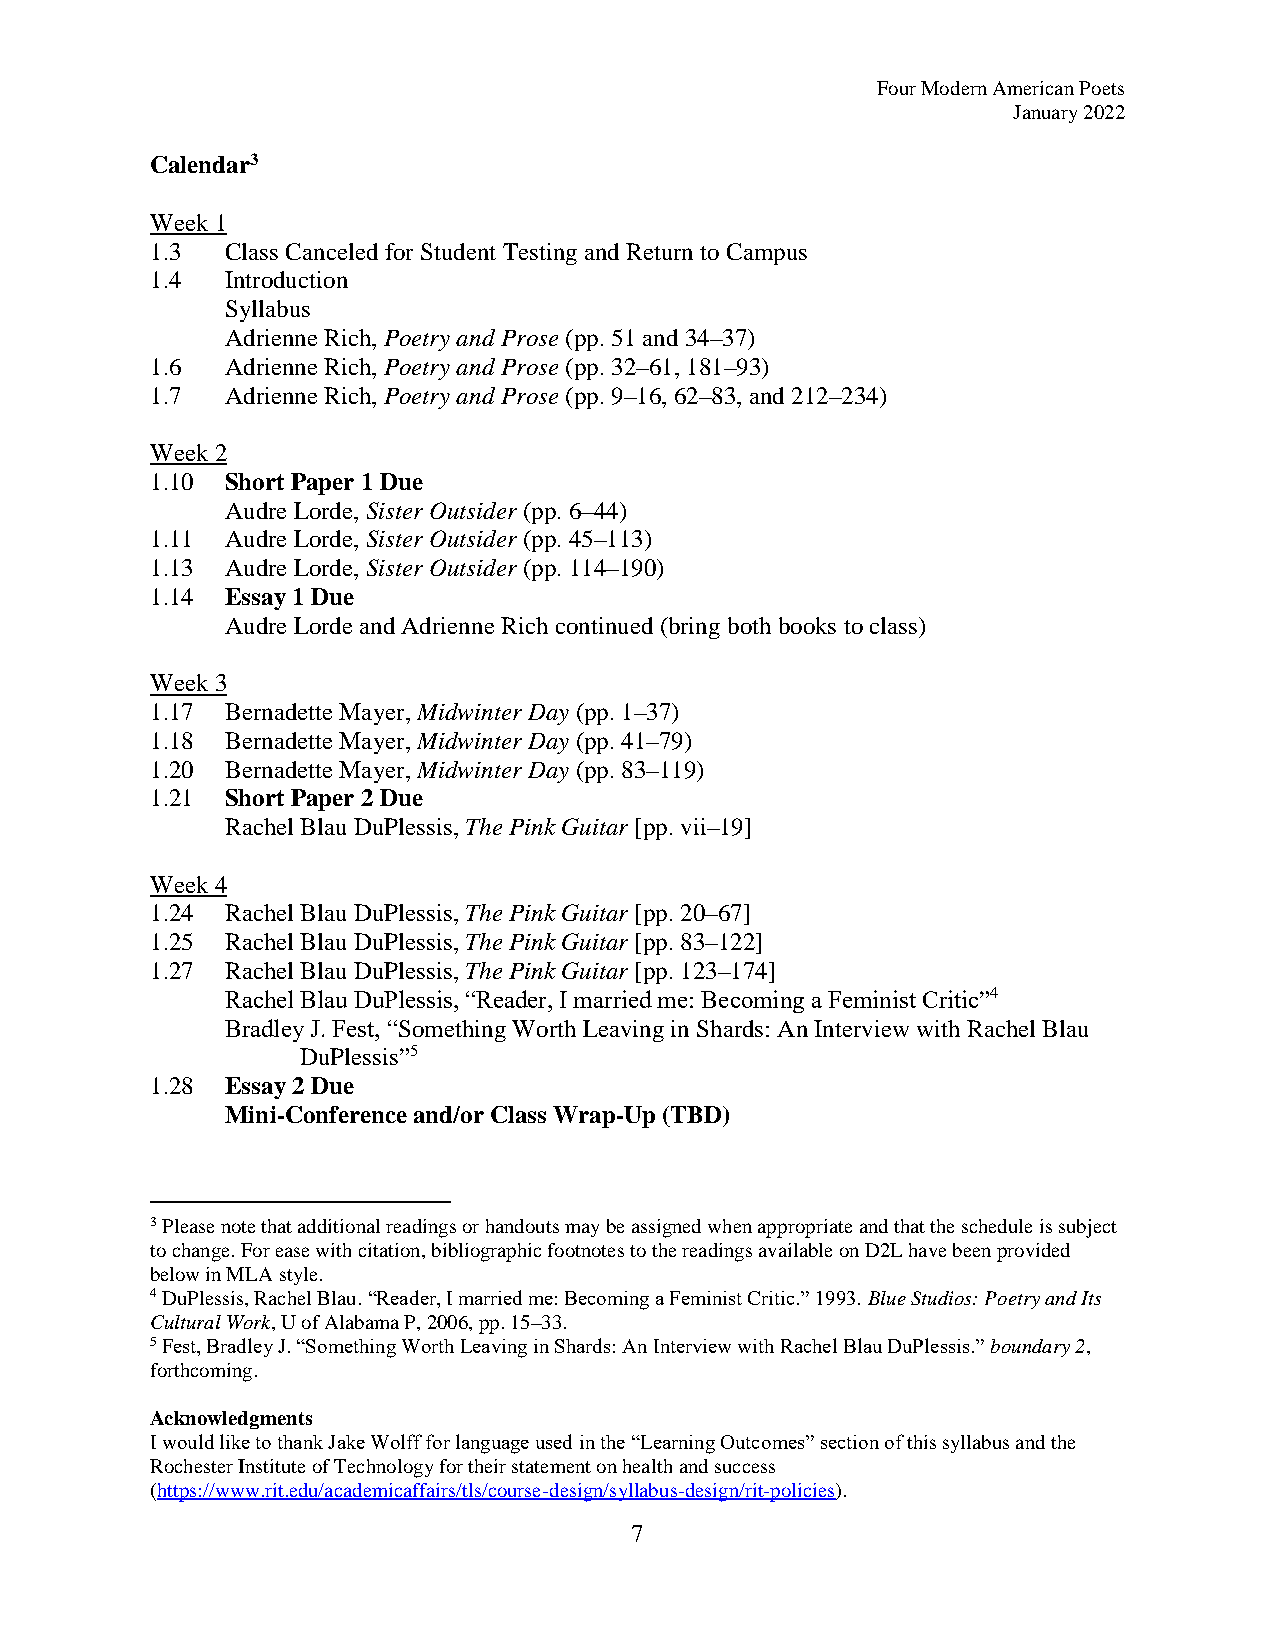
Four Modern American Poets
 January 2022
 Calendar3
 Week 1
 1.3  Class Canceled for Student Testing and Return to Campus
 1.4  Introduction
 Syllabus
 Adrienne Rich, Poetry and Prose (pp. 51 and 34–37)
 1.6  Adrienne Rich, Poetry and Prose (pp. 32–61, 181–93)
 1.7  Adrienne Rich, Poetry and Prose (pp. 9–16, 62–83, and 212–234)
 Week 2
 1.10 Short Paper 1 Due
 Audre Lorde, Sister Outsider (pp. 6–44)
 1.11 Audre Lorde, Sister Outsider (pp. 45–113)
 1.13 Audre Lorde, Sister Outsider (pp. 114–190)
 1.14 Essay 1 Due
 Audre Lorde and Adrienne Rich continued (bring both books to class)
 Week 3
 1.17 Bernadette Mayer, Midwinter Day (pp. 1–37)
 1.18 Bernadette Mayer, Midwinter Day (pp. 41–79)
 1.20 Bernadette Mayer, Midwinter Day (pp. 83–119)
 1.21 Short Paper 2 Due
 Rachel Blau DuPlessis, The Pink Guitar [pp. vii–19]
 Week 4
 1.24 Rachel Blau DuPlessis, The Pink Guitar [pp. 20–67]
 1.25 Rachel Blau DuPlessis, The Pink Guitar [pp. 83–122]
 1.27 Rachel Blau DuPlessis, The Pink Guitar [pp. 123–174]
 Rachel Blau DuPlessis, “Reader, I married me: Becoming a Feminist Critic”4
 Bradley J. Fest, “Something Worth Leaving in Shards: An Interview with Rachel Blau
 DuPlessis”5
 1.28 Essay 2 Due
 Mini-Conference and/or Class Wrap-Up (TBD)
 3 Please note that additional readings or handouts may be assigned when appropriate and that the schedule is subject
 to change. For ease with citation, bibliographic footnotes to the readings available on D2L have been provided
 below in MLA style.
 4 DuPlessis, Rachel Blau. “Reader, I married me: Becoming a Feminist Critic.” 1993. Blue Studios: Poetry and Its
 Cultural Work, U of Alabama P, 2006, pp. 15–33.
 5 Fest, Bradley J. “Something Worth Leaving in Shards: An Interview with Rachel Blau DuPlessis.” boundary 2,
 forthcoming.
 Acknowledgments
 I would like to thank Jake Wolff for language used in the “Learning Outcomes” section of this syllabus and the
 Rochester Institute of Technology for their statement on health and success
 (https://www.rit.edu/academicaffairs/tls/course-design/syllabus-design/rit-policies).
 7